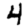
Digit: 4